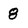
Character: 8